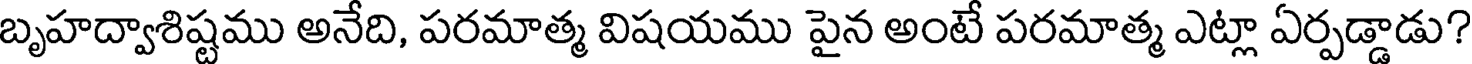
బృహద్వాశిష్టము అనేది, పరమాత్మ విషయము పైన అంటే పరమాత్మ ఎట్లా ఏర్పడ్డాడు?